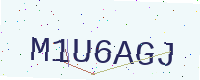
Text: M1U6AGJ